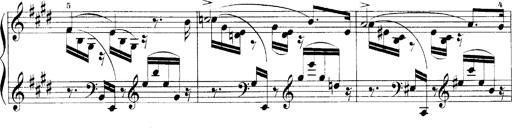
Title: LiebestrÃ¤ume
Composer: Franz Behr
Key: E-flat major